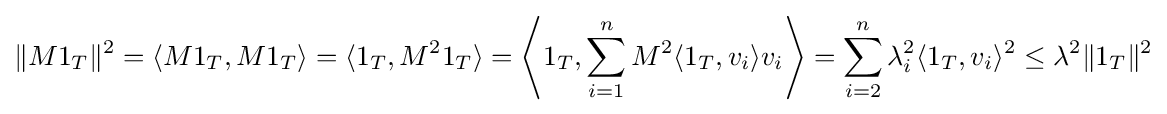
\|M1_{T}\|^{2}=\langle M1_{T},M1_{T}\rangle =\langle 1_{T},M^{2}1_{T}\rangle =\left\langle 1_{T},\sum _{i=1}^{n}M^{2}\langle 1_{T},v_{i}\rangle v_{i}\right\rangle =\sum _{i=2}^{n}\lambda _{i}^{2}\langle 1_{T},v_{i}\rangle ^{2}\leq \lambda ^{2}\|1_{T}\|^{2}